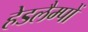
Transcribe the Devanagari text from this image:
हेडलैम्पों